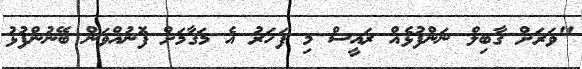
"ވަރަށް ގާބިލް ނަންފުޅެއް ރައީސް މި ފަހަރު އެ މަގާމަށް ފޮނުއްވަން ބޭނުންފުޅު